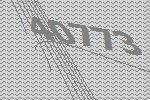
40773